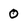
Character: 0